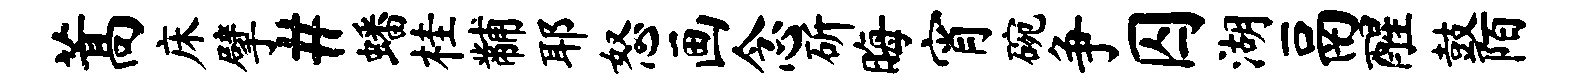
蒿床擘#蟠桂黼耶怒画念斫晦宵碗争囚湖鬲醒鼓陌